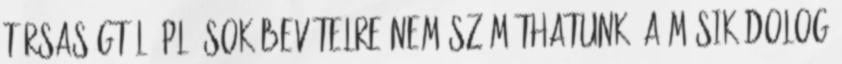
társaságtól, pl. sok bevételre nem számíthatunk. A másik dolog